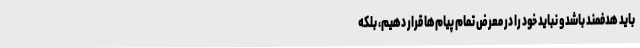
باید هدفمند باشدو نباید خود را در معرض تمام پیام‌ها قرار دهیم، بلکه